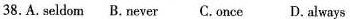
38.A. Seldom B. Never C. Once D. Always